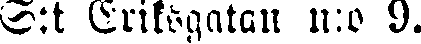
S:t Eriksgatan n:o 9.